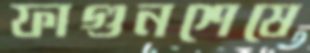
ফাগুনশেষে